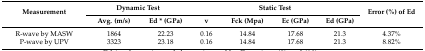
| <ROWSPAN=2> Measurement | <COLSPAN=2> Dynamic Test | <COLSPAN=4> Static Test | <ROWSPAN=2> Error (%) of Ed |
 | Avg. (m/s) | Ed * (GPa) | v | Fck (Mpa) | Ec (GPa) | Ed (GPa) |
 | --- | --- | --- | --- | --- | --- | --- | --- |
 | R-wave by MASW | 1864 | 22.23 | 0.16 | 14.84 | 17.68 | 21.3 | 4.37% |
 | P-wave by UPV | 3323 | 23.18 | 0.16 | 14.84 | 17.68 | 21.3 | 8.82% |